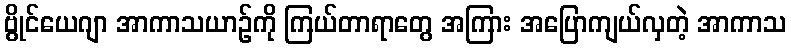
ဗွိုင်ယေဂျာ အာကာသယာဉ်ကို ကြယ်တာရာတွေ အကြား အပြောကျယ်လှတဲ့ အာကာသ